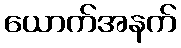
ယောက်အနက်